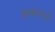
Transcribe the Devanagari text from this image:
क्लबामध्ये